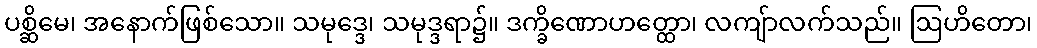
ပစ္ဆိမေ၊ အနောက်ဖြစ်သော။ သမုဒ္ဒေ၊ သမုဒ္ဒရာ၌။ ဒက္ခိဏောဟတ္ထော၊ လကျ်ာလက်သည်။ ဩဟိတော၊